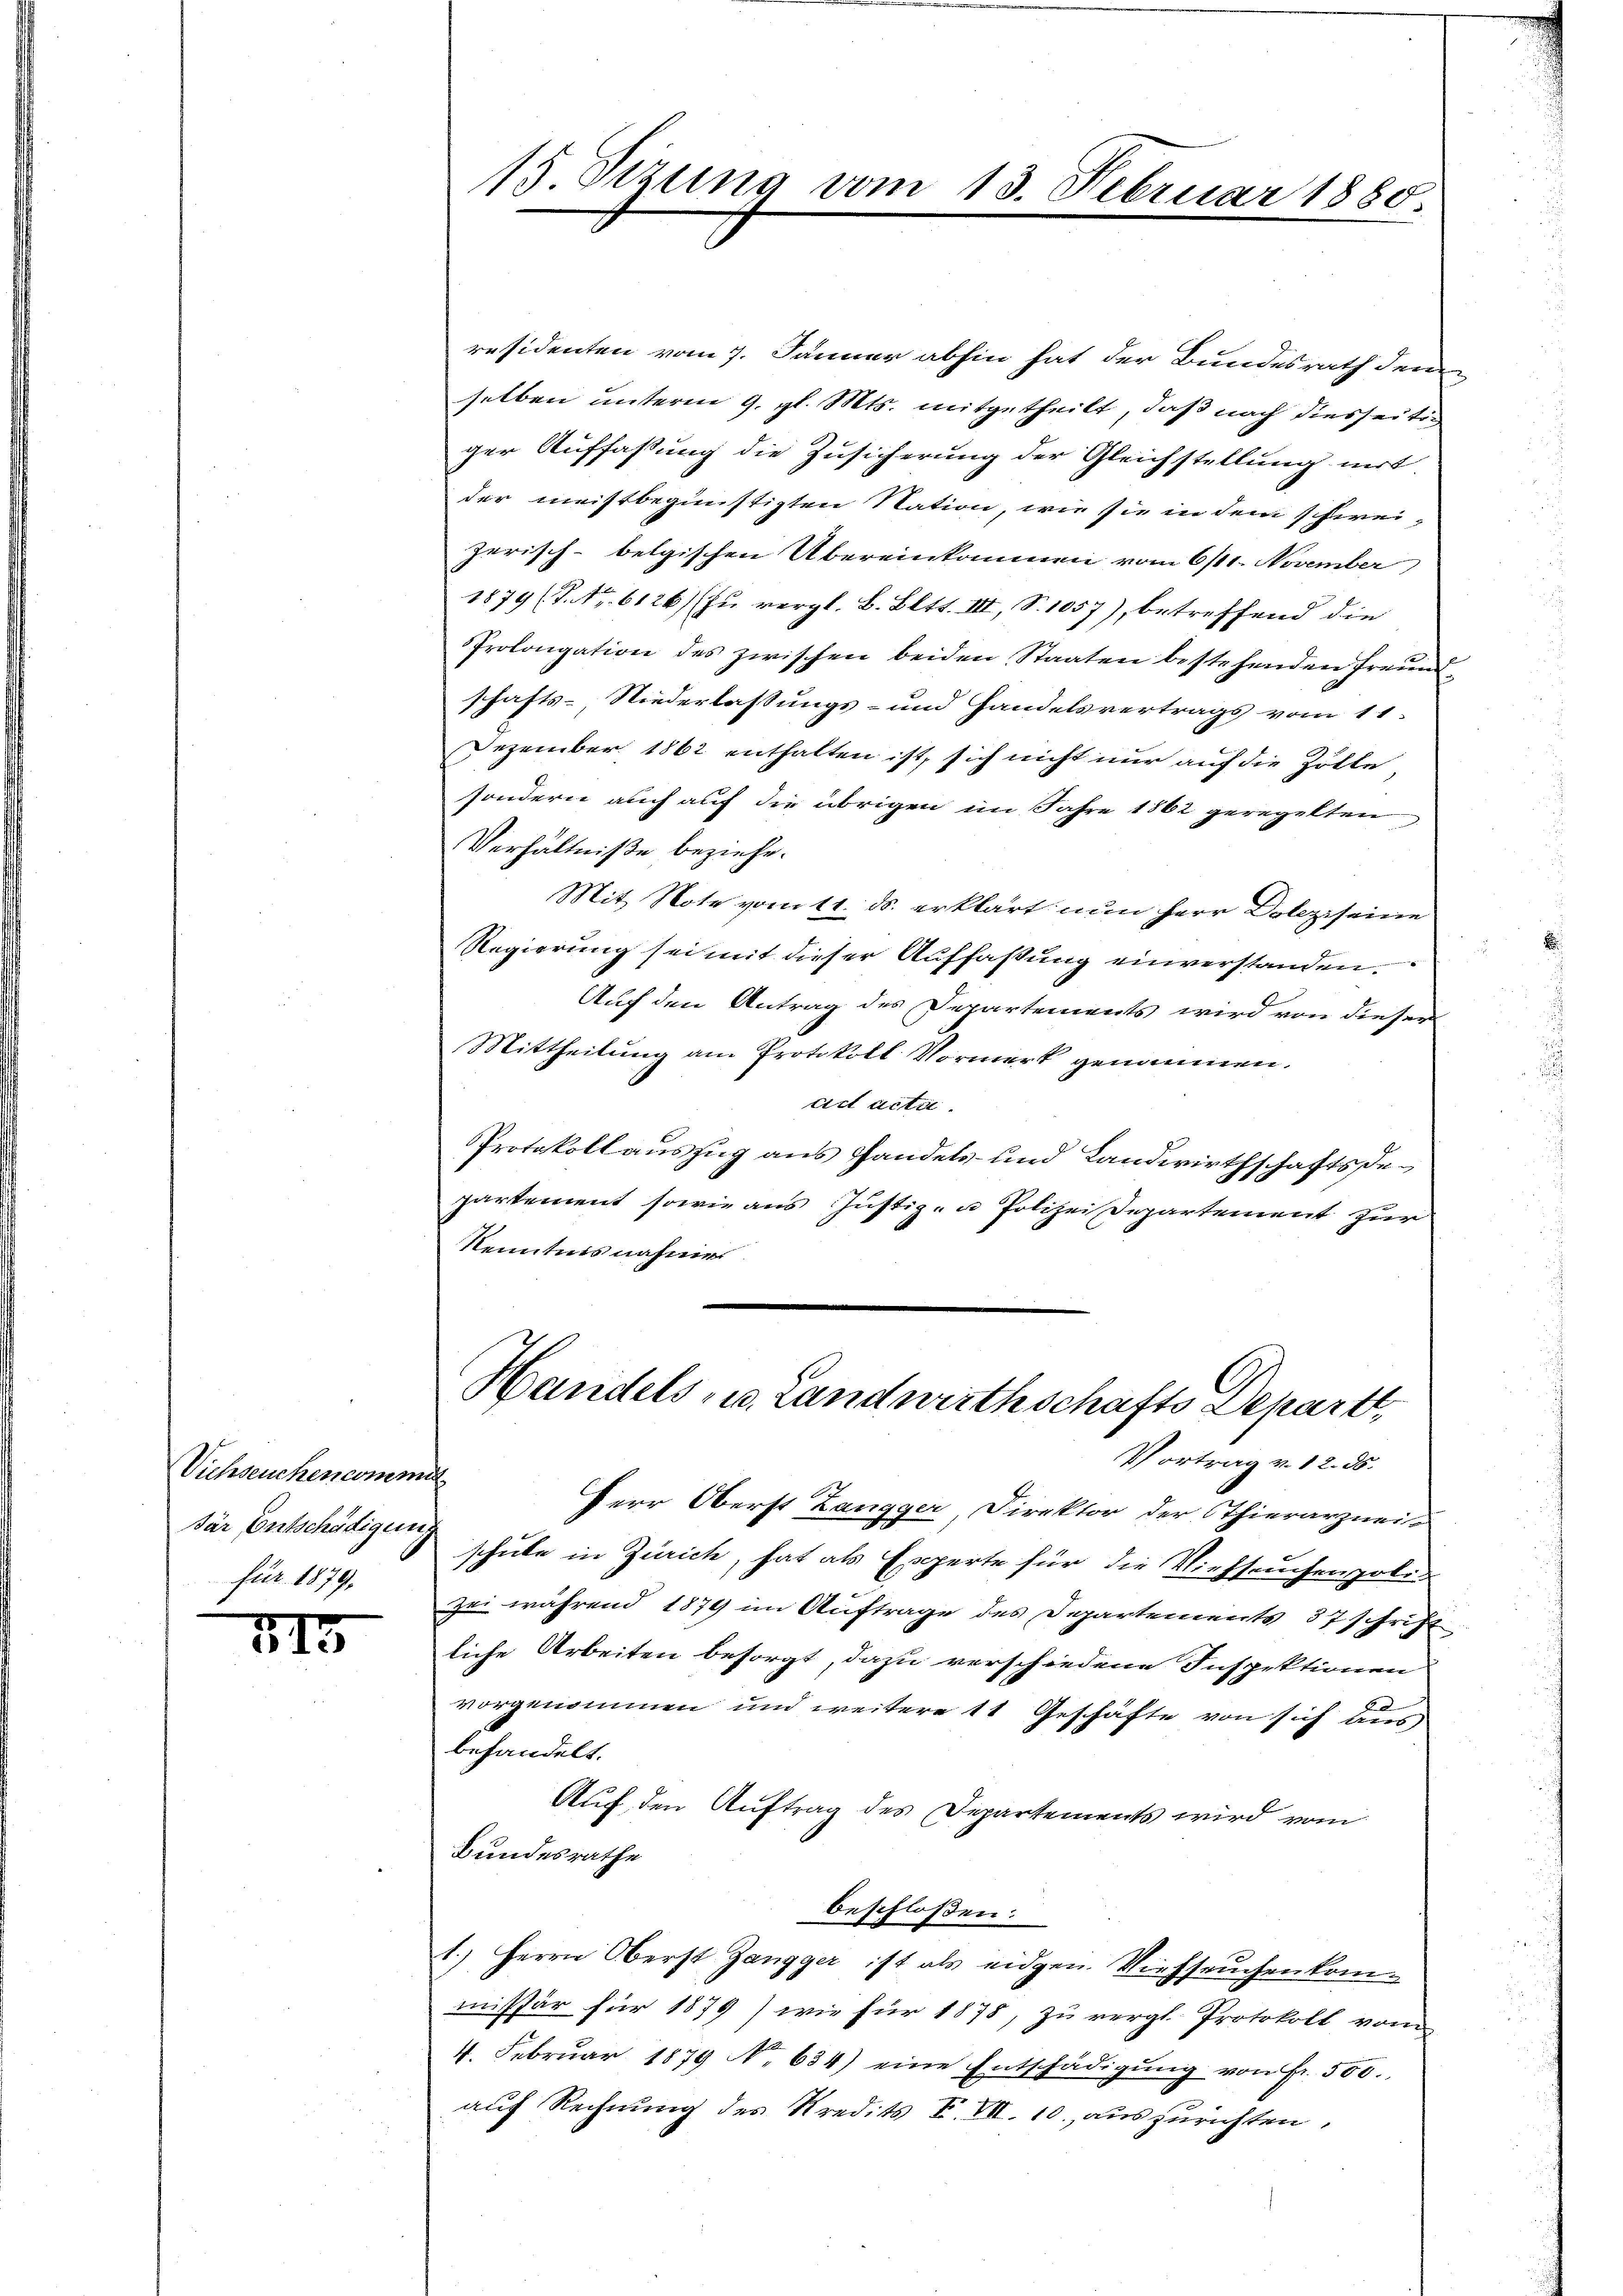
Viehseuchencomme
där Entschädigung
für 1879,

VII

räsidenten vom 7. Jänner abhin hat der Bundesrath dem
selben unterm 9. gl. Mts. mitgetheilt, daß nach diesseitiger Auffassung die Zusicherung der Gleichstellung mit
der meistbegünstigten Nation, wie sie in dem schweizerisch-belgischen Übereinkommen vom 6/11. November
1879 (S. Nr. 6126/ zu vergl. B. Blts. III, S. 1057), betreffend die
Prolongation des zwischen beiden Staaten bestehenden Freundschafts-Niederlassungs- und Handelsvertrags vom 11.
Dezember 1862 enthalten ist, sich nicht nur auf die Zölle
sondern auch auf die übrigen im Jahre 1862 geregelten
Verhältniße beziehe.
Mit Note vom 11. ds. erklärt nun Herr Doleziseine
Regierung sei mit dieser Auffaßung einverstanden.
Auf den Antrag des Departements wird von dieser
Mittheilung am Protokoll Vormerk genommen.
tirt acta.
Protokollauszug aus Handels- und Landwirthschaftsdepartement sowie aus Justiz- u Polizeidepartement zur
Kenntnis nahmen

15. Sizung vom

13. Februar 1880

Handels- u. Landwirthschafts Depart,
Vortrag v. 12. 55.

Herr Oberst Zangger, Direktor der Thierarznei-
schule in Zürich, hat als Experte für die Viehseuchenpoli
Zei während 1879 im Auftrage des Departements 37 schrift
liche Arbeiten besorgt, dazu verschiedene Inspektionen
vorgenommen und weitere 11 Geschäfte von sich aus
behandelt.
Auf den Auftrag des Departements wird vom
Bundesrathe
beschloßen:
1.) Herrn Oberst Zangger ist als eidgen. Viehseuchenkommissär für 1879) wie für 1878, zu vergl. Protokoll vom
4. Februar 1879 No. 634) eine Entschädigung von Fr. 500.
auf Rechnung des Kredits F. VII. 10. auszurichten,